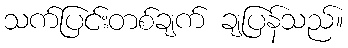
သက်ပြင်းတစ်ချက် ချပြန်သည်။